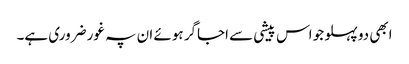
ابھی دو پہلو جو اس پیشی سے اجاگر ہوئے ان پہ غور ضروری ہے۔